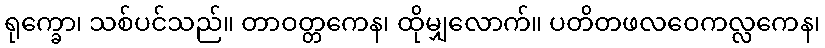
ရုက္ခော၊ သစ်ပင်သည်။ တာဝတ္တကေန၊ ထိုမျှလောက်။ ပတိတဖလဝေကလ္လကေန၊